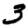
Digit: 3